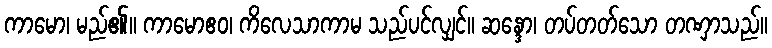
ကာမော၊ မည်၏။ ကာမောဧဝ၊ ကိလေသာကာမ သည်ပင်လျှင်။ ဆန္ဒော၊ တပ်တတ်သော တဏှာသည်။